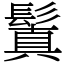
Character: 鬒